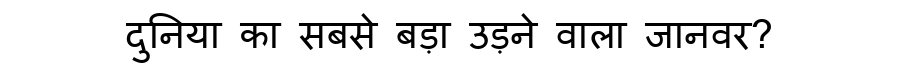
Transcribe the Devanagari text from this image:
दुनिया का सबसे बड़ा उड़ने वाला जानवर?